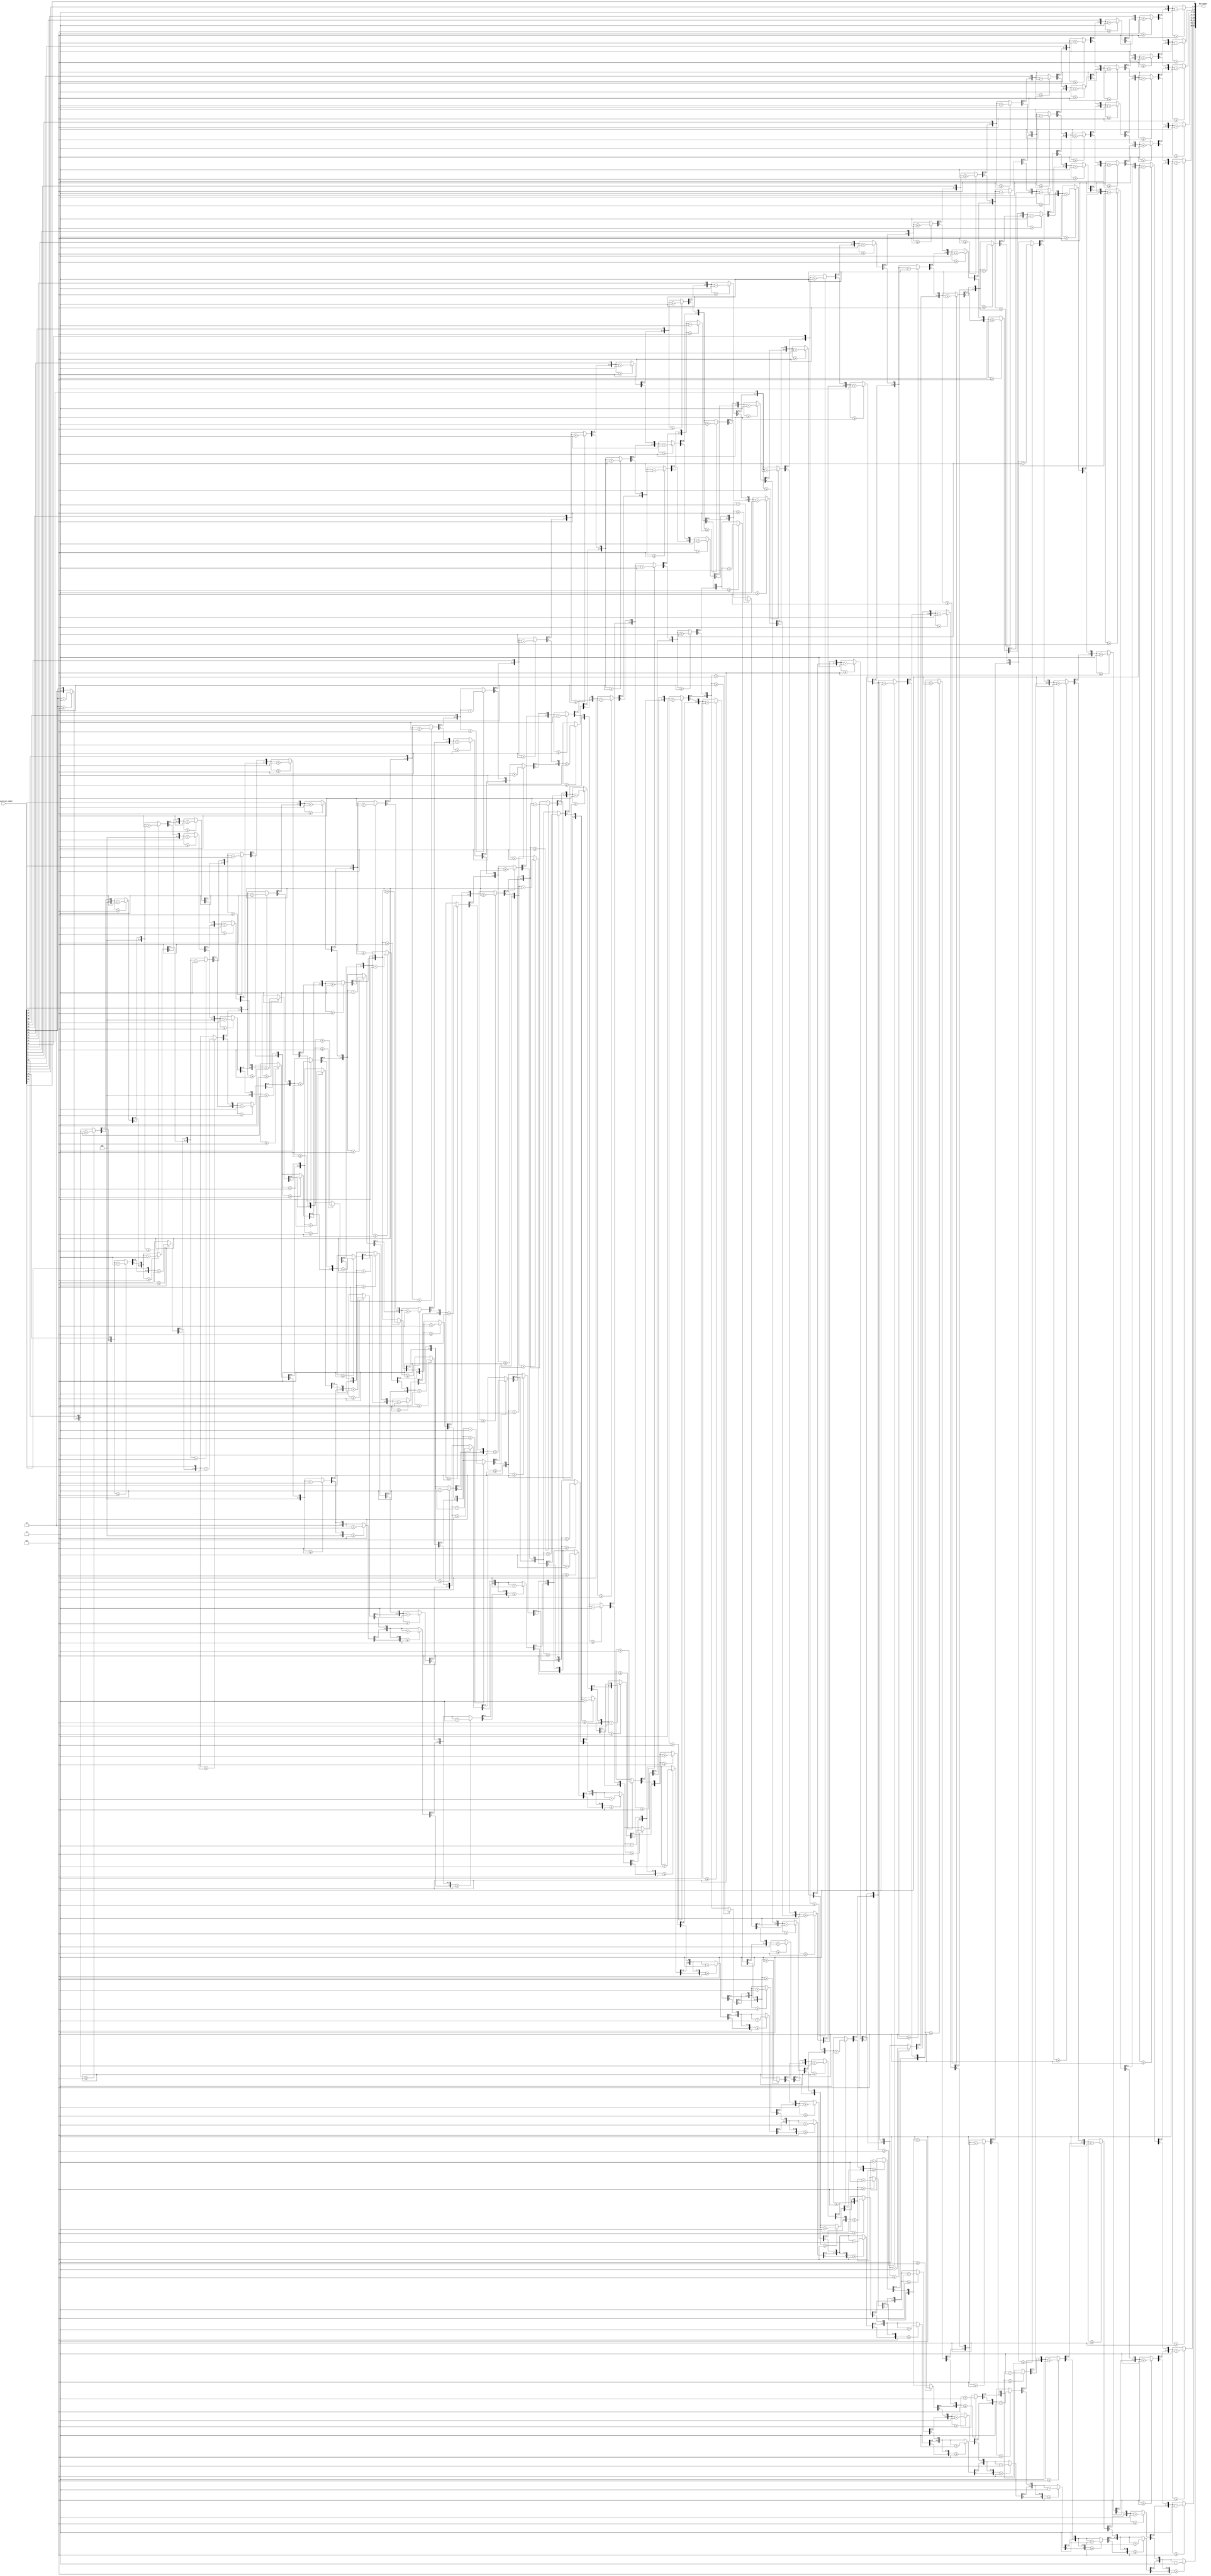
`timescale 1ns / 1ps
//////////////////////////////////////////////////////////////////////////////////
// Company: Boston University
// 
// Create Date: 
// Design Name: 
// Module Name: binary_to_BCD
// Project Name: EC311 Logic Design Final Project
// Target Devices: NEXYS A7-100t with ARTIX-7 FPGA
// Tool Versions: Vivado 2022.2
// Description: Takes binary numerical input and converts it to BCD using Double Dabble algorithm
// 
// Dependencies: 
// 
// Revision:
// Revision 0.01 - File Created
// Additional Comments: Code adapted from https://www.realdigital.org/doc/6dae6583570fd816d1d675b93578203d
// 
//////////////////////////////////////////////////////////////////////////////////

module binary_to_BCD(
    input [26:0] twentyseven_bit_number, // Takes max 27-bit number as input 
                                         // (the minimum bit required to hold "99,999,999", 
                                         // which is the largest decimal value our board can display on the 7-segment displays
    output reg [31:0] BCD_number //Output contains all the values BCD to be pushed to the display
);
    // using Double Dabble algorithm as explained here: 
    // https://en.wikipedia.org/wiki/Double_dabble
    // https://www.youtube.com/watch?v=Q-hOCVVd7Lk 
    // https://www.realdigital.org/doc/6dae6583570fd816d1d675b93578203d 

    //Code adapted from https://www.realdigital.org/doc/6dae6583570fd816d1d675b93578203d
    integer i;

    always @(twentyseven_bit_number) begin
        BCD_number = 0;
        for (i = 0; i < 27; i = i + 1) begin    //Iterate once for each bit in input number
            if (BCD_number[3:0] >= 5) BCD_number[3:0] = BCD_number[3:0] + 3;    //If any BCD digit is >= 5, add three
	        if (BCD_number[7:4] >= 5) BCD_number[7:4] = BCD_number[7:4] + 3;
	        if (BCD_number[11:8] >= 5) BCD_number[11:8] = BCD_number[11:8] + 3;
	        if (BCD_number[15:12] >= 5) BCD_number[15:12] = BCD_number[15:12] + 3;
            if (BCD_number[19:16] >= 5) BCD_number[19:16] = BCD_number[19:16] + 3;
            if (BCD_number[23:20] >= 5) BCD_number[23:20] = BCD_number[23:20] + 3;
            if (BCD_number[27:24] >= 5) BCD_number[27:24] = BCD_number[27:24] + 3;
            if (BCD_number[31:28] >= 5) BCD_number[31:28] = BCD_number[31:28] + 3;

            BCD_number = {BCD_number[30:0],twentyseven_bit_number[26-i]};   //Shift one bit, and shift in proper bit from input 
        end
    end


endmodule